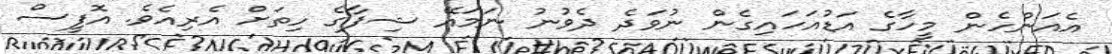
އެއަންހެން މީހާގެ އަޑުއަހައިގެން ނުވަދެ ދެވުނު ނަމައޭ ޝިފާގެ ހިތަށް އެރިއެވެ. އޮފީސް